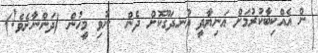
ން އެއްކިބާކުރުމަށް އަނިޔާދީ އުނދަގޫކޮށް ދެން  ނުވި މީހުން (ދަންނާށެވެ!)